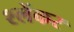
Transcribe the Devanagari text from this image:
श्लेंकर